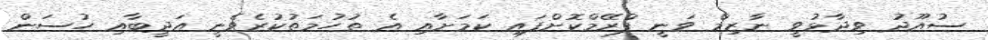
ސުއޫދު ވިދާޅުވީ ނާޒިމް ވަނީ ފްރޭމްކޮށްފައި ކަމަށާއި އެ ތުހުމަތުކުރެވެނީ އަދީބާއި ހުސަން